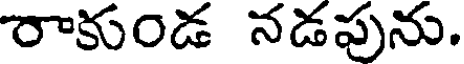
రాకుండ నడపును.